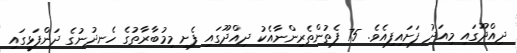
ދިއްދޫގައި މިއަދު ފަށައިފިއެވެ. 75 ފެތުންތެރިންނާއެކު ދިއްދޫގައި ފެށި މިމުބާރާތުގެ ހެނދުނުގެ ދަންފަޅީގައި